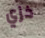
خزي